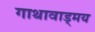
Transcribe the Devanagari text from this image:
गाथावाड्मय